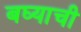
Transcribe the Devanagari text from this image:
बघ्याची